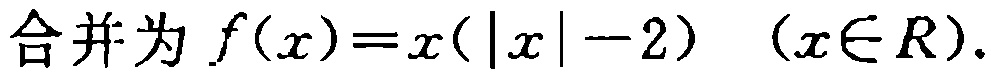
合并为 \(f(x)=x(|x|-2)\) \((x\in R)\).